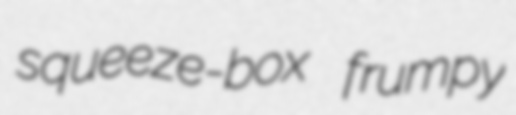
squeeze-box frumpy